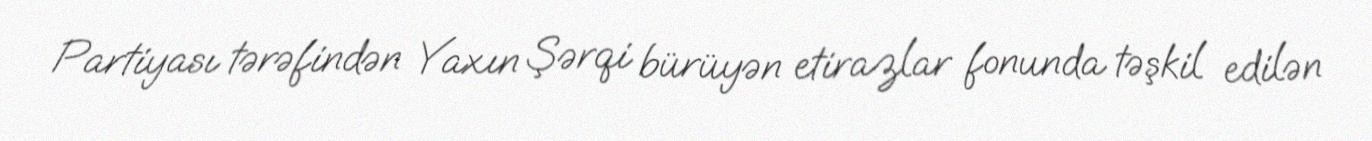
Partiyası tərəfindən Yaxın Şərqi bürüyən etirazlar fonunda təşkil edilən